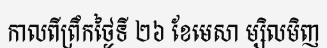
កាលពីព្រឹកថ្ងៃទី ២៦ ខែមេសា ម្សិលមិញ